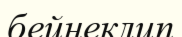
бейнеклип